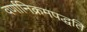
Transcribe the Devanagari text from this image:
वर्णानिक्रमपद्धति